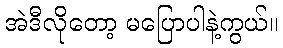
အဲဒီလိုတော့ မပြောပါနဲ့ကွယ်။